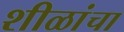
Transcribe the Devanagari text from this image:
शीळांचा